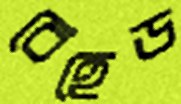
বেহেড